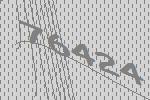
76424